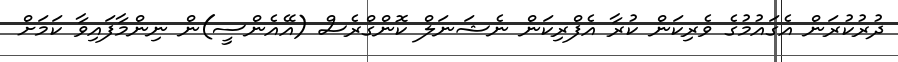
ދުރުކުރަން އެގައުމުގެ ވެރިކަން ކުރާ އެފްރިކަން ނެޝަނަލް ކޮންގްރެސް (އޭއެންސީ)ން ނިންމާފައިވާ ކަމަށް